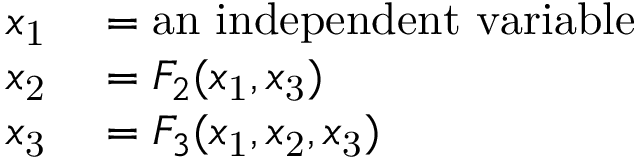
\begin{array} { r l } { x _ { \mathrm { 1 } } } & { { } = { \mathrm { a n ~ i n d e p e n d e n t ~ v a r i a b l e } } } \\ { x _ { \mathrm { 2 } } } & { { } = F _ { 2 } ( x _ { \mathrm { 1 } } , x _ { \mathrm { 3 } } ) } \\ { x _ { \mathrm { 3 } } } & { { } = F _ { 3 } ( x _ { \mathrm { 1 } } , x _ { \mathrm { 2 } } , x _ { \mathrm { 3 } } ) } \end{array}